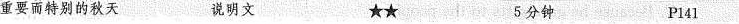
重要而特别的秋天 说明文 ★★ 5分钟 Pl41